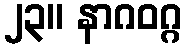
၂၃။ နာဂဝဂ္ဂ